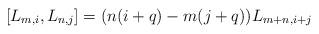
LaTeX: \begin{align*}[L_{m,i}, L_{n,j}] = (n(i + q) - m(j + q))L_{m+n,i+j}\end{align*}